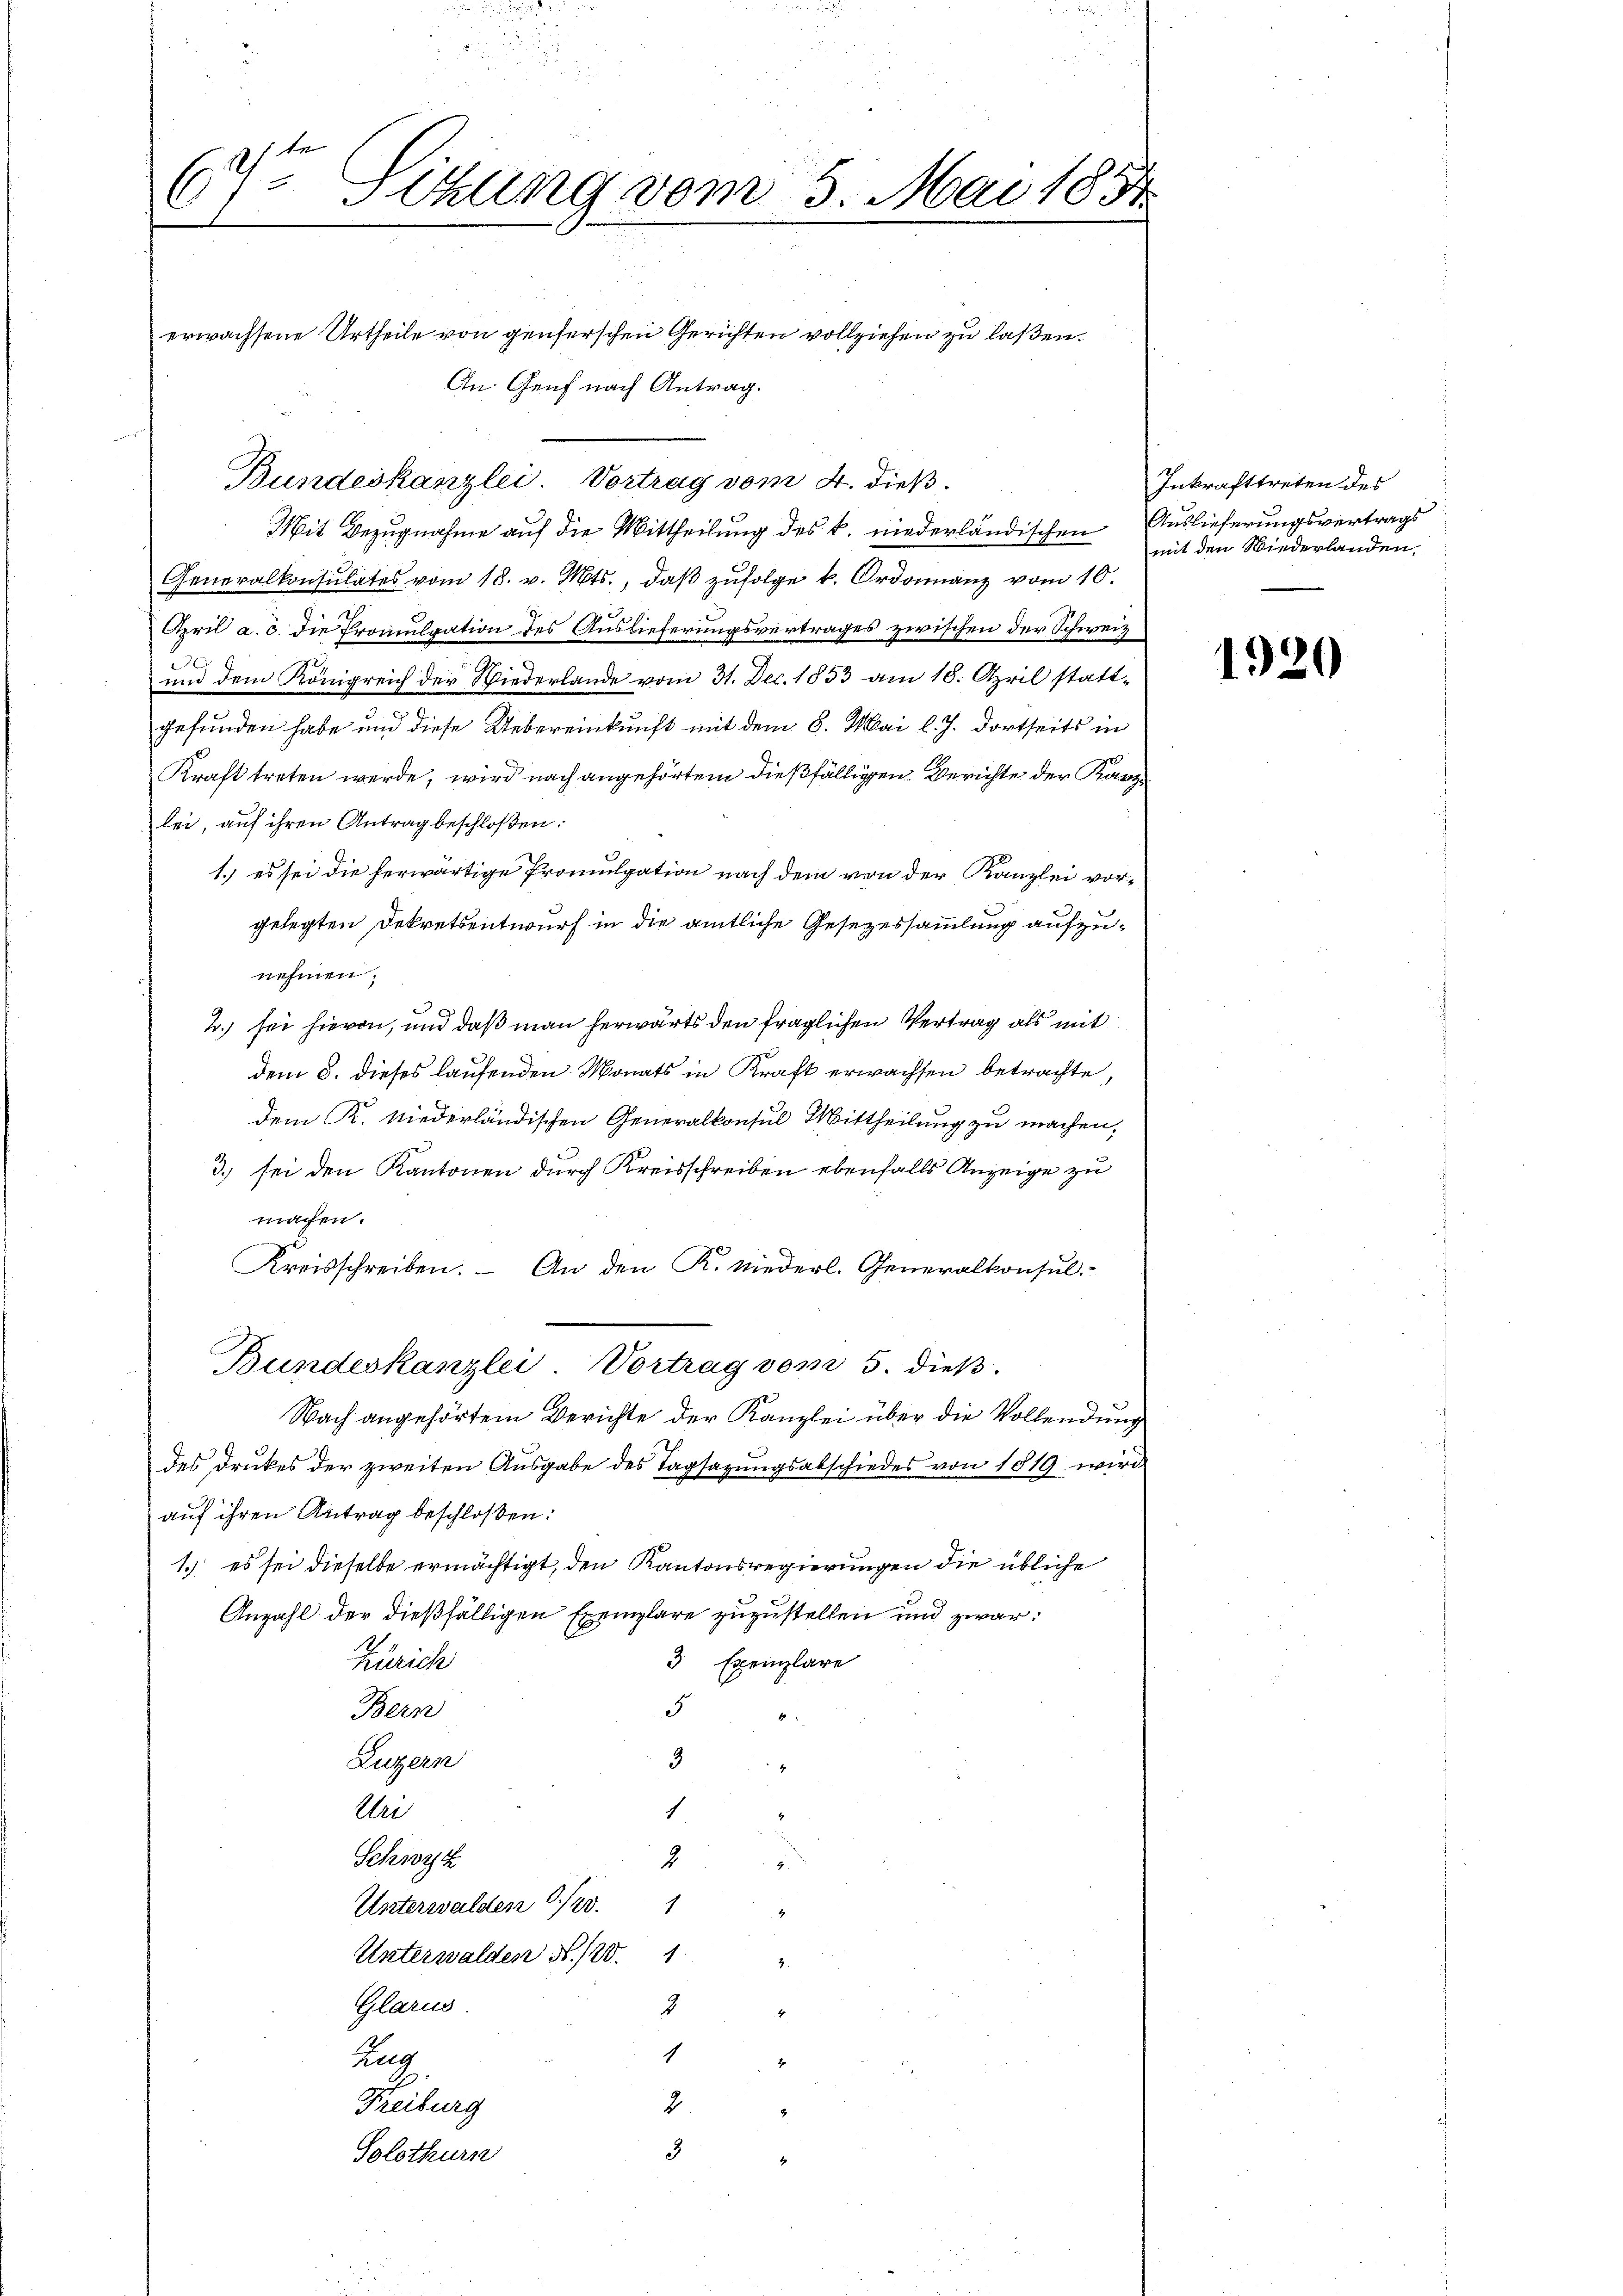
d
1te Sitzung vom 5. Mai 185
67
e
erwachsene Urtheile von genserschen Gerichten vollziehen zu laßen.
An Genf nach Antrag.

Mit Bezugnahme auf die Mittheilung des k. niederländischen Auslieferungsvertrags
Generalkonsulates vom 18. v. Mts., daβ zŭfolge u. Ordonanz vom 10.
April a. c. die Promulgation des Auslieferungsvertrages zwischen der Schweiz
e
und dem Königreich der Wiederlande vom 31. Dec. 1853 am 18. April statt-
gefunden habe und diese Uebereinkunft mit dem 8. Mai l. J. dortseits in
Kraft treten werde, wird nach angehörtem dießfälligen Berichte der Kanzlei, auf ihren Antrag beschloßen:
1.) es sei die herwärtige Promulgation nach dem von der Kanzlei vorgelegten Dekretsentwurf in die amtliche Gesezessammlung aufzunehmen.
2.) sei hievon, und daß man herwärts den fraglichen Vertrag als mit
dem 8. dieses laufenden Monats in Kraft erwachsen betrachte,
dem K. Niederländischen Generalkonsul Mittheilung zu machen,
3) sei den Kantonen durch Kreisschreiben ebenfalls Anzeige zu
machen.
Kreisschreiben. – An den K. Niederl. Generalkonsul-
Bundeskanzlei. Vortrag vom 5. dieß.
Nach angehörtem Berichte der Kanzlei über die Vollendung
des Druckes der zweiten Ausgabe des Tagsazungsabschiedes von 1819 wird
.
auf ihren Antrag beschloßen:
1. es sei dieselbe ermächtigt, den Kantonsregierungen die übliche
Anzahl der dießfälligen Exemplare zuzustellen und zwar:
3 Exemplare
Zürich
5
Bern
3
Luzern

Uri
1
Schinz
9
Unterwalden 6./20.
1
4
Unterwalden No. 120. 1
e
Glarus.
3
1
ung
d
2
Freiburg
3
Solothurn
t

Bundeskanzlei. Vortrag vom 4. dieß.

Inkrafttreten des
mit den Niederlanden.

1920